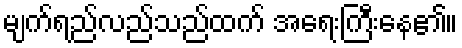
မျက်ရည်လည်သည်ထက် အရေးကြီးနေ၏။